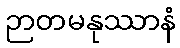
ဉာတမနုဿာနံ